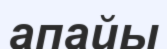
апайы